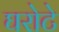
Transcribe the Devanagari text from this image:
घरोटे